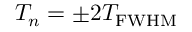
T _ { n } = \pm 2 T _ { \mathrm { F W H M } }